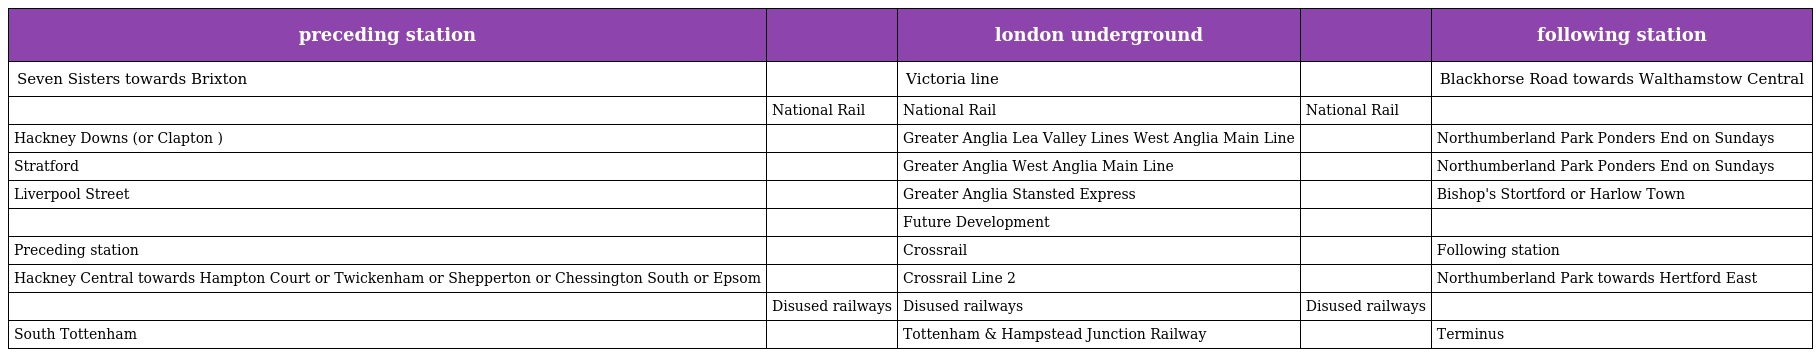
| preceding station |  | london underground |  | following station |
 | --- | --- | --- | --- | --- |
 | Seven Sisters towards Brixton |  | Victoria line |  | Blackhorse Road towards Walthamstow Central |
 |  | National Rail | National Rail | National Rail |  |
 | Hackney Downs (or Clapton ) |  | Greater Anglia Lea Valley Lines West Anglia Main Line |  | Northumberland Park Ponders End on Sundays |
 | Stratford |  | Greater Anglia West Anglia Main Line |  | Northumberland Park Ponders End on Sundays |
 | Liverpool Street |  | Greater Anglia Stansted Express |  | Bishop's Stortford or Harlow Town |
 |  |  | Future Development |  |  |
 | Preceding station |  | Crossrail |  | Following station |
 | Hackney Central towards Hampton Court or Twickenham or Shepperton or Chessington South or Epsom |  | Crossrail Line 2 |  | Northumberland Park towards Hertford East |
 |  | Disused railways | Disused railways | Disused railways |  |
 | South Tottenham |  | Tottenham & Hampstead Junction Railway |  | Terminus |